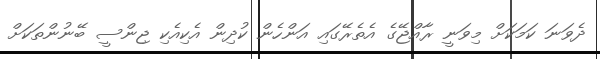
ދެވަނަ ކަމަކަށް މިވަނީ ރާއްޖޭގެ އެތެރޭގައި އަންހެން ކުދިން އެކިއެކި ޖިންސީ ބޭނުންތަކަށް